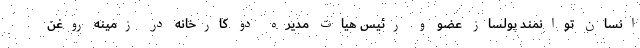
انسان توانمند پولساز عضو و رئیس هيات مديره دو كارخانه در زمينه روغن